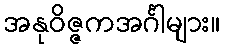
အနုဝိဇ္ဇကအင်္ဂါများ။